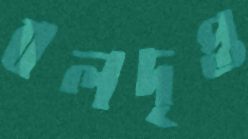
বলদৃপ্ত